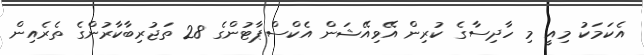
އެކަމަކު މިއީ މި ހާދިސާގެ ކުރިން އޭވިއޭޝަން އެކްސްޕާޓުންގެ 28 ތަޖުރިބާކާރުންގެ ތެރެއިން